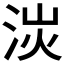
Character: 𣴽